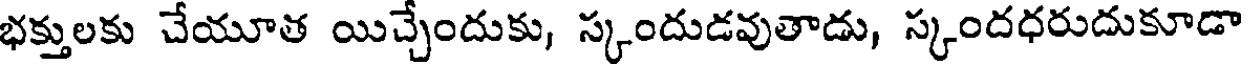
భక్తులకు చేయూత యిచ్చేందుకు, స్కందుడవుతాడు, స్కందధరుదుకూడా